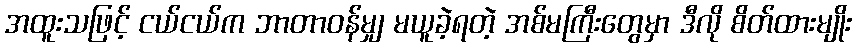
အထူးသဖြင့် ငယ်ငယ်က ဘာတာဝန်မျှ မယူခဲ့ရတဲ့ အစ်မကြီးတွေမှာ ဒီလို စိတ်ထားမျိုး